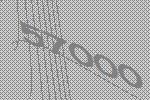
57000